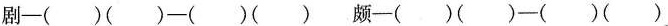
剧—（ ）（ ）—（ ）（ ） 颇—（ ）（ ）—（ ）（ ）